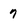
Character: 7